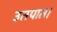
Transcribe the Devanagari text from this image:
उतपात।